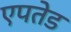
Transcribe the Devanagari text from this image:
एपतेड